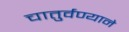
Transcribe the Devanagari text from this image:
चातुर्वण्याने